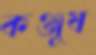
কঞ্জুষ